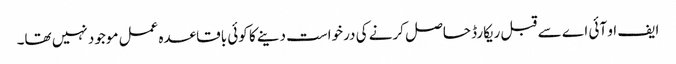
ایف او آئی اے سے قبل ریکارڈ حاصل کرنے کی درخواست دینے کا کوئی باقاعدہ عمل موجود نہیں تھا۔